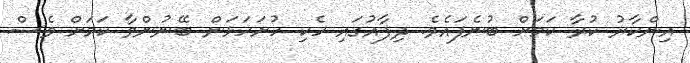
އިންކާރު ކުރާ ކަމަށް ބުނެފައެވެ. ދިފާއުގައި ހެކި ހުށަހަޅަން ބޭނުންވާ ކަމަށް ވެސް